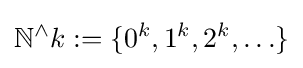
\mathbb {N} ^{\wedge }k:=\{0^{k},1^{k},2^{k},\ldots \}